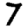
Digit: 7